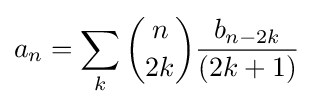
a_{n}=\sum _{k}{\binom {n}{2k}}{\frac {b_{n-2k}}{(2k+1)}}